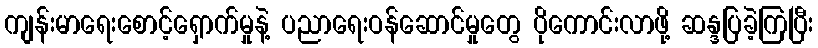
ကျန်းမာရေးစောင့်ရှောက်မှုနဲ့ ပညာရေးဝန်ဆောင်မှုတွေ ပိုကောင်းလာဖို့ ဆန္ဒပြခဲ့ကြပြီး